Senior Leaving Certificate Examination (including Day School Certificate (Higher) General paper), 1950
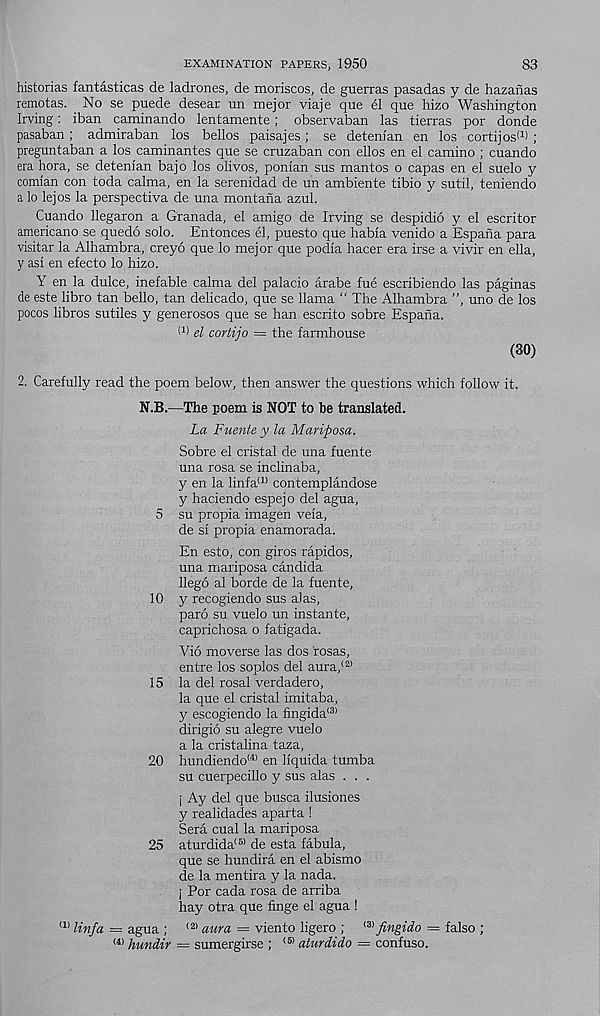
83
EXAMINATION PAPERS, 1950
historias fantasticas de ladrones, de moriscos, de guerras pasadas y de hazanas
remotas. No se puede desear un mejor viaje que el que hizo Washington
Irving: iban caminando lentamente; observaban las tierras por donde
pasaban; admiraban los bellos paisajes; se detenian en los cortijos (1 ) ;
preguntaban a los caminantes que se cruzaban con ellos en el camino ; cuando
era hora, se detenian bajo los olivos, ponian sus mantos o capas en el suelo y
comian con toda calma, en la serenidad de un ambiente tibio y sutil, teniendo
a lo lejos la perspectiva de una montaha azul.
Cuando llegaron a Granada, el amigo de Irving se despidio y el escritor
americano se quedo solo. Entonces el, puesto que habia venido a Espaha para
visitar la Alhambra, creyo que lo mejor que podia hacer era irse a vivir en ella,
y asi en efecto lo hizo.
Y en la dulce, inefable calma del palacio arabe fue escribiendo las paginas
de este libro tan bello, tan delicado, que se llama “ The Alhambra ”, uno de los
pocos libros sutiles y generosos que se han escrito sobre Espana.
I 1 ) d cortijo = the farmhouse
(30)
2. Carefully read the poem below, then answer the questions which follow it.
N.B.—The poem is NOT to be translated.
La Fuente y la Mariposa.
Sobre el cristal de una fuente
una rosa se inclinaba,
y en la linfa a> contemplandose
y haciendo espejo del agua,
5 su propia imagen veia,
de si propia enamorada.
En esto, con giros rapidos,
una mariposa Candida
llego al borde de la fuente,
10 y recogiendo sus alas,
paro su vuelo un instante,
caprichosa o fatigada.
Vio moverse las dos rosas,
entre los soplos del aura, (2)
15 la del rosal verdadero,
la que el cristal imitaba,
y escogiendo la fingida (3)
dirigio su alegre vuelo
a la cristalina taza,
20 hundiendo (4) en liquida tumba
su cuerpecillo y sus alas . . .
j Ay del que busca ilusiones
y realidades aparta !
Sera cual la mariposa
25 aturdida (5) de esta fabula,
que se hundira en el abismo
de la mentira y la nada.
j Por cada rosa de arriba
hay otra que finge el agua !
a> Unfa — agua ; (2) aura = viento ligero ;
fingido = falso ;
(4) hundir — sumergirse ; (5) aturdido — confuso.